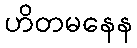
ဟိတမနေန